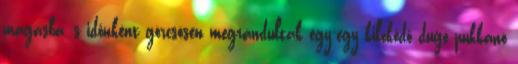
magasba, s időnként görcsösen megrándultak egy-egy kilökődő dugó pukkanó